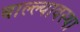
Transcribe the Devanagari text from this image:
बाल्ल्यावस्था